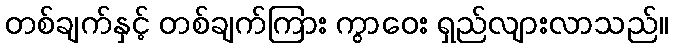
တစ်ချက်နှင့် တစ်ချက်ကြား ကွာဝေး ရှည်လျားလာသည်။